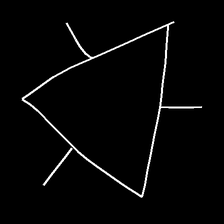
Glyph: fire